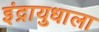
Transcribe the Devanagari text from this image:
इंद्रायुधाला